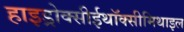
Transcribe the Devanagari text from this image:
हाइड्रोक्सीईथॉक्सीमिथाइल